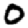
Digit: 0